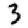
Digit: 3